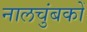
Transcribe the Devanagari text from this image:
नालचुंबकों